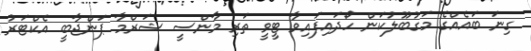
ގިނަ ބައެއްގެ މަގުބޫލުކަން ހޯދައިފައިވާ ޓީވީ ތަރި މާންސީ ޝަރްމާ ޕަންޖާބީ އެކްޓަރު